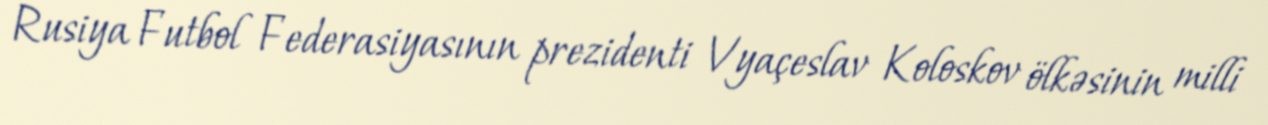
Rusiya Futbol Federasiyasının prezidenti Vyaçeslav Koloskov ölkəsinin milli